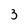
Character: 3